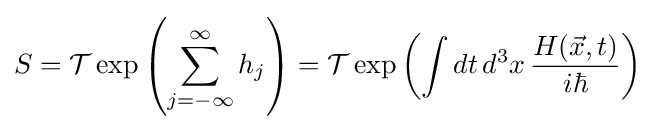
S={\mathcal {T}}\exp \left(\sum _{j=-\infty }^{\infty }h_{j}\right)={\mathcal {T}}\exp \left(\int dt\,d^{3}x\,{\frac {H({\vec {x}},t)}{i\hbar }}\right)